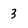
Character: 3